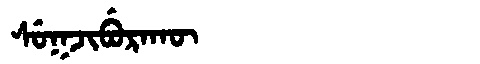
Manchu: ᠰᡠᡴᠵᡳᠪᡠᡵᠠᡴᡡ
Romanization: SUKJIBURAKŪ